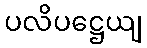
ပလိပဋ္ဌေယျ